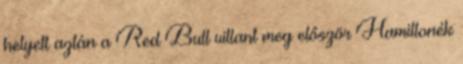
helyett aztán a Red Bull villant meg először Hamiltonék